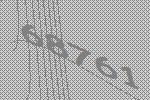
68761